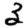
Digit: 3